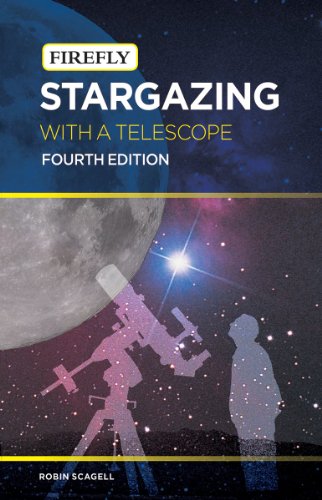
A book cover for Stargazing with a Telescope (Firefly Pocket series); Robin Scagell; Science & Math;